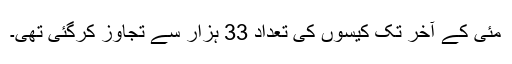
مئی کے آخر تک کیسوں کی تعداد 33 ہزار سے تجاوز کرگئی تھی۔